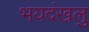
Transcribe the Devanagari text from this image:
भयदंखलु